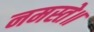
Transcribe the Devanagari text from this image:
नमस्ते॥